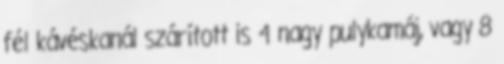
fél kávéskanál szárított is 4 nagy pulykamáj, vagy 8